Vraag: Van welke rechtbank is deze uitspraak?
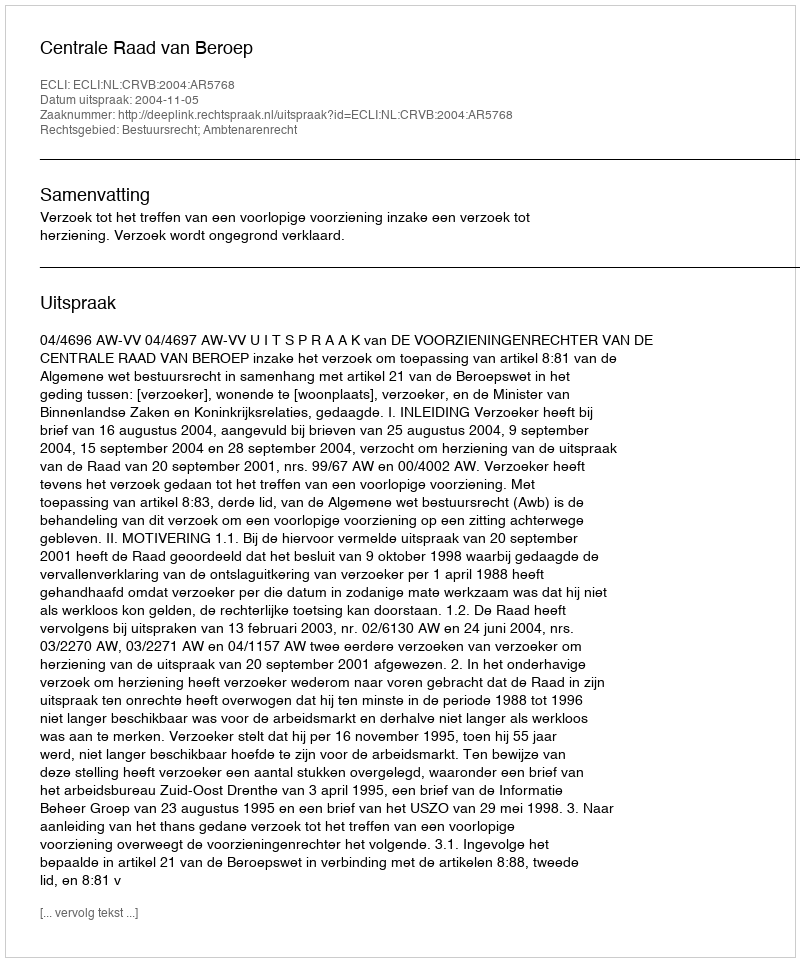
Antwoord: Centrale Raad van Beroep